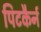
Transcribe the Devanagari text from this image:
पिटकैर्न